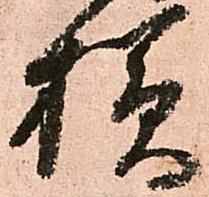
様